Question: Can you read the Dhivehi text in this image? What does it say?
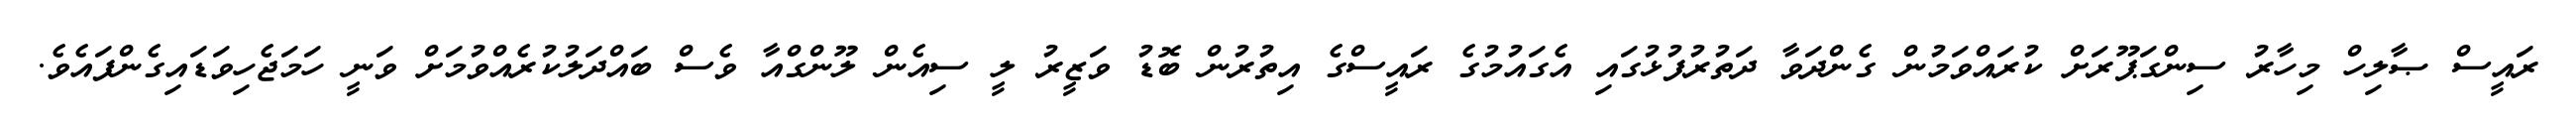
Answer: ރައީސް ޞާލިހް މިހާރު ސިންގަޕޫރަށް ކުރައްވަމުން ގެންދަވާ ދަތުރުފުޅުގައި އެގައުމުގެ ރައީސްގެ އިތުރުން ބޮޑު ވަޒީރު ލީ ސިއެން ލޫންގްއާ ވެސް ބައްދަލުކުރެއްވުމަށް ވަނީ ހަމަޖެހިވަޑައިގެންފައެވެ.